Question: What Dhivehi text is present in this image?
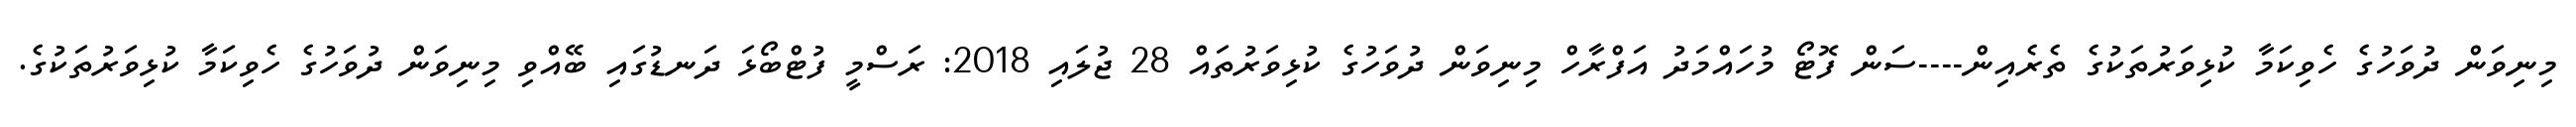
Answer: މިނިވަން ދުވަހުގެ ހެވިކަމާ ކުޅިވަރުތަކުގެ ތެރެއިން----ސަން ފޮޓޯ މުހައްމަދު އަފްރާހް މިނިވަން ދުވަހުގެ ކުޅިވަރުތައް 28 ޖުލައި 2018: ރަސްމީ ފުޓްބޯޅަ ދަނޑުގައި ބޭއްވި މިނިވަން ދުވަހުގެ ހެވިކަމާ ކުޅިވަރުތަކުގެ.